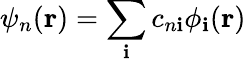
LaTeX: \psi_{n}(\mathbf{r})=\sum_{\mathbf{i}}c_{n\mathbf{i}}\phi_{\mathbf{i}}(\mathbf{r})